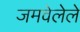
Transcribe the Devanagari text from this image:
जमवेलेले